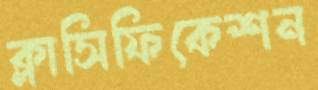
ক্লাসিফিকেশন